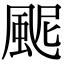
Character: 𩖹